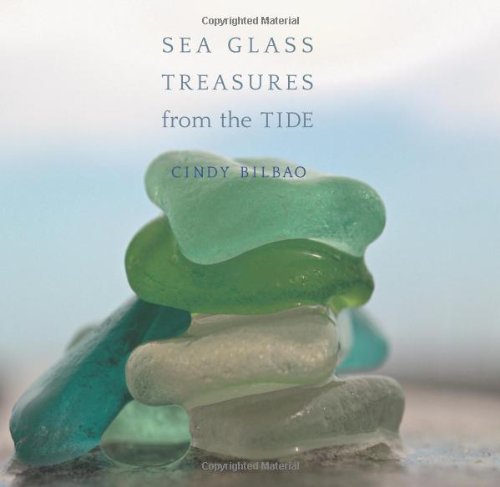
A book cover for Sea Glass Treasures from the Tide; Cindy Bilbao; Crafts, Hobbies & Home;